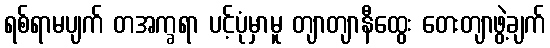
ရစ်ရာမပျက် တအက္ခရာ ပင့်ပုံမှာမူ တျာတျာနီထွေး တေးတျာဖွဲ့ချက်